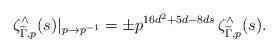
LaTeX: \begin{align*} \zeta^{\wedge}_{\widetilde{\Gamma},p}(s) \vert_{p\to p^{-1}} = \pm p^{16d^2+5d-8ds}\, \zeta^{\wedge}_{\widetilde{\Gamma},p}(s). \end{align*}